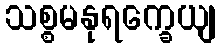
သစ္စမနုရက္ခေယျ